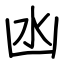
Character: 凼